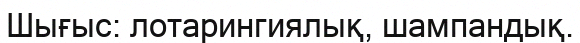
Шығыс: лотарингиялық, шампандық.